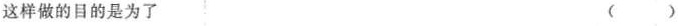
这样做的目的是为了 ( )